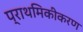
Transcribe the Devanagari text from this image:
प्राथमिकीकरण